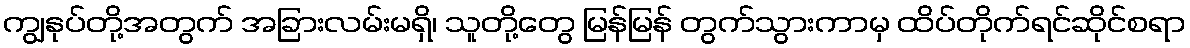
ကျွနုပ်တို့အတွက် အခြားလမ်းမရှိ၊ သူတို့တွေ မြန်မြန် တွက်သွားကာမှ ထိပ်တိုက်ရင်ဆိုင်စရာ